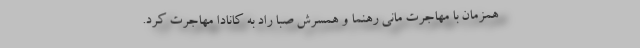
همزمان با مهاجرت مانی رهنما و همسرش صبا راد به کانادا مهاجرت کرد.